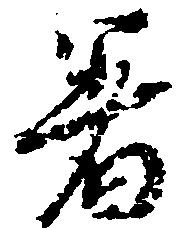
着